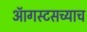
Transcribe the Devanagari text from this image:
ऑगस्टसच्याच